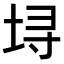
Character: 𫭯